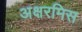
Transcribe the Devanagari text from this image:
अक्षरमिस